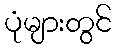
ပုံများတွင်